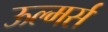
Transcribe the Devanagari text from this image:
ऊल्मर्स